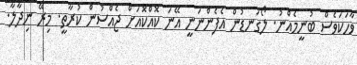
ވާހަކަވެސް ބުނީމެއްނު. ލޯގަނޑުން އެފެންނަނީ އޭނަ ކޮއްކޮއަށް ޖެއްސުން ކުރާތީ. މިރޭ ނިދާލާ.